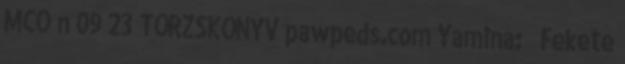
MCO n 09 23 TÖRZSKÖNYV pawpeds.com Yamina: ♀ Fekete